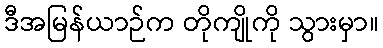
ဒီအမြန်ယာဉ်က တိုကျိုကို သွားမှာ။